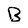
Character: B